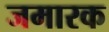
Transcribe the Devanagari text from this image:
जमारक